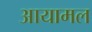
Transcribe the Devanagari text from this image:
आयामल